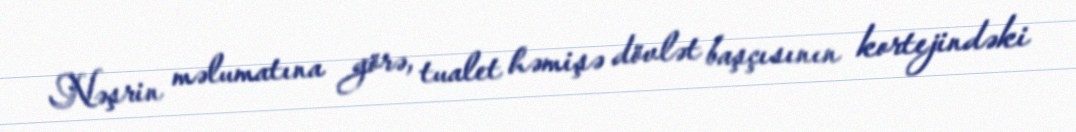
Nəşrin məlumatına görə, tualet həmişə dövlət başçısının kortejindəki